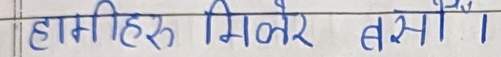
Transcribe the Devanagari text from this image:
हामीहरु मिलेर बसौं।